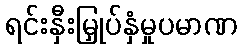
ရင်းနှီးမြှုပ်နှံမှုပမာဏ